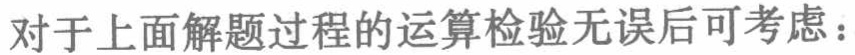
对于上面解题过程的运算检验无误后可考虑：